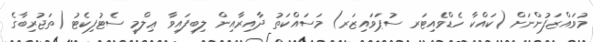
މުވައްޒަފުންނަށް (ކައްކާ ހެޑްވެއިޓަރ ސުޕަވައިޒަރ) މަސައްކަތު ދާއިރާއިން ލިބިފައިވާ ޢިލްމީ ސެޓުފިކެޓު (ތަޖުރިބާގެ